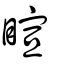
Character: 睻